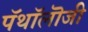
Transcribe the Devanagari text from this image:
पॅथॉलॊजी